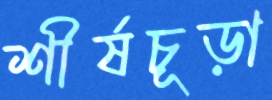
শীর্ষচূড়া